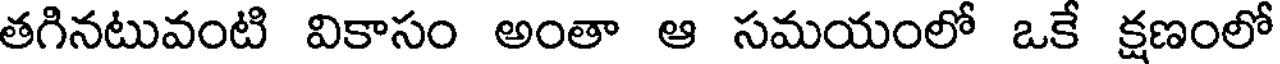
తగినటువంటి వికాసం అంతా ఆ సమయంలో ఒకే క్షణంలో